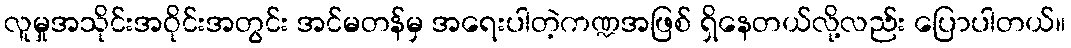
လူမှုအသိုင်းအဝိုင်းအတွင်း အင်မတန်မှ အရေးပါတဲ့ကဏ္ဍအဖြစ် ရှိနေတယ်လို့လည်း ပြောပါတယ်။